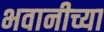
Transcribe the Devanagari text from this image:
भवानीच्या